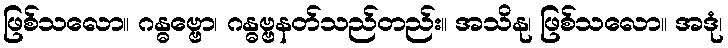
ဖြစ်သလော။ ဂန္ဓဗ္ဗော၊ ဂန္ဓဗ္ဗနတ်သည်တည်း။ အသိနု၊ ဖြစ်သလော။ အဒုံ၊